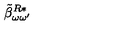
\: \tilde { \beta } _ { \omega \omega ^ { \prime } } ^ { R * } \: